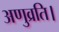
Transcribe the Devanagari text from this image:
अणुव्रति।